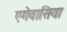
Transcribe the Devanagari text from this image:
एगेवासिया